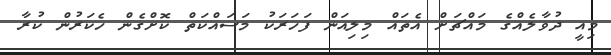
މިއީ ދުވާލެއްގެ މައްޗަށް އެތައް މިލިއަން ފަހަރަކު މަސައްކަތް ކޮށްގެން ހެކަރުން ކުރާ